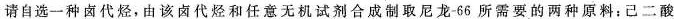
请自选一种卤代烃，由该卤代烃和任意无机试剂合成制取尼龙-66所需要的两种原料：已二酸